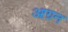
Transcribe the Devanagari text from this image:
आग्रन